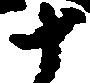
十